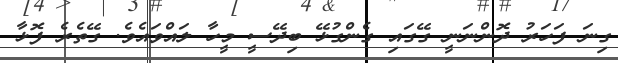
ގިނަ ފަހަރު ދޮންނަނީ ގޭގައި ގެންގުޅޭ ބިދޭސީ މީހާ ލައްވައެވެ. ގޭތެރެ ފޮޅާ